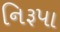
નિરૂપા